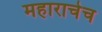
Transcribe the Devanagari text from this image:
महाराचेच